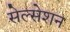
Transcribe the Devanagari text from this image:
सेल्सेशन